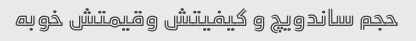
حجم ساندویچ و کیفیتش وقیمتش خوبه